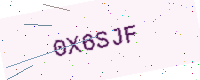
Text: 0X6SJF